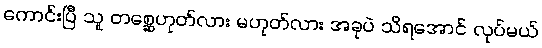
ကောင်းပြီ သူ တစ္ဆေဟုတ်လား မဟုတ်လား အခုပဲ သိရအောင် လုပ်မယ်